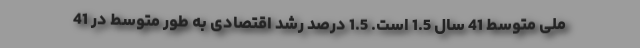
ملی متوسط 41 سال 1.5 است. 1.5 درصد رشد اقتصادی به طور متوسط در 41